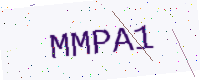
Text: MMPA1